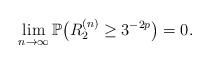
LaTeX: \begin{align*}\lim_{n\rightarrow\infty}\mathbb P\big(R_2^{(n)}\ge3^{-2p}\big)=0.\end{align*}